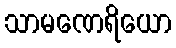
သာမဏေရိယော